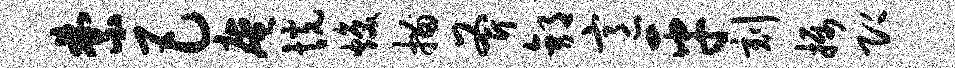
禁巴庵恍焕描斧郭意平刻摄即